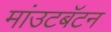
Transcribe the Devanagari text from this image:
मांउटबॅटन